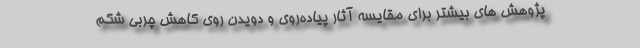
پژوهش های بیشتر برای مقایسه آثار پیاده‌روی و دویدن روی کاهش چربی شکم